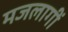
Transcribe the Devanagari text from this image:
मजलागीं